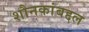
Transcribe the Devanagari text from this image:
शौनकांबद्दल